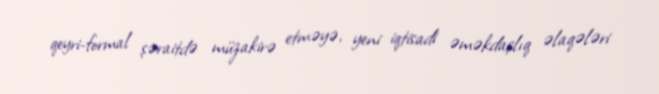
qeyri-formal şəraitdə müzakirə etməyə, yeni iqtisadi əməkdaşlıq əlaqələri